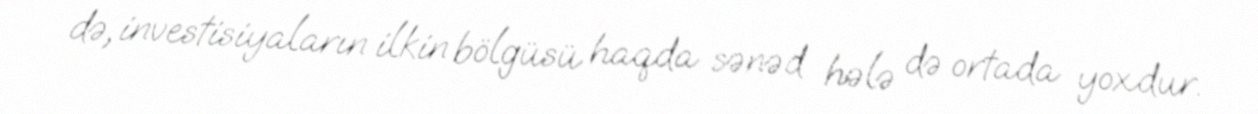
də, investisiyaların ilkin bölgüsü haqda sənəd hələ də ortada yoxdur.